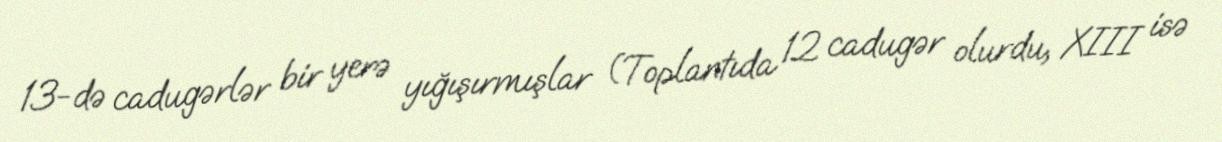
13-də cadugərlər bir yerə yığışırmışlar (Toplantıda 12 cadugər olurdu, XIII isə